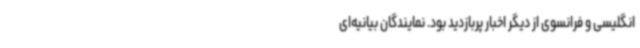
انگلیسی و فرانسوی از دیگر اخبار پربازدید بود. نمایندگان بیانیه‌ای